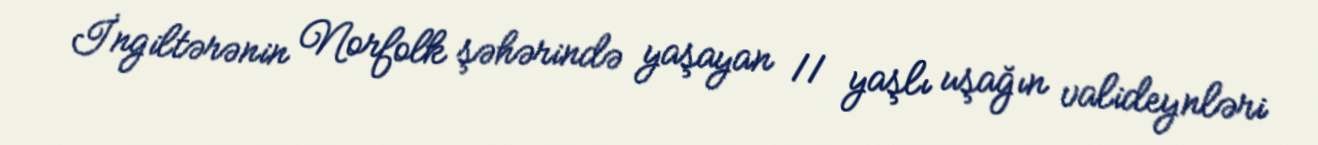
İngiltərənin Norfolk şəhərində yaşayan 11 yaşlı uşağın valideynləri